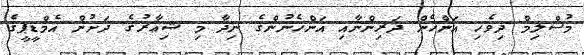
މުސްލިމް ދިވެހި އަންހެން ދަރިންނާއި އަންހެނުންގެ ނިދާ މި ޝިޢާރުގެ ދަށުން އެމްޑީޕީގެ